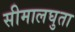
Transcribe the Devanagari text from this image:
सीमालघुता